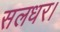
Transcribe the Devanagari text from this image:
सलधर।